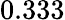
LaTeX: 0.333